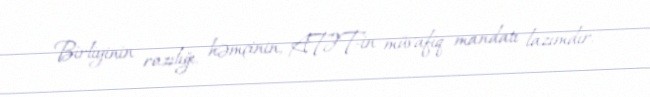
Birliyinin razılığı, həmçinin, ATƏT-in müvafiq mandatı lazımdır.